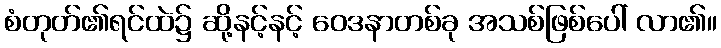
စံတုတ်၏ရင်ထဲ၌ ဆို့နင့်နင့် ဝေဒနာတစ်ခု အသစ်ဖြစ်ပေါ် လာ၏။